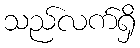
သည်လက်ရှိ